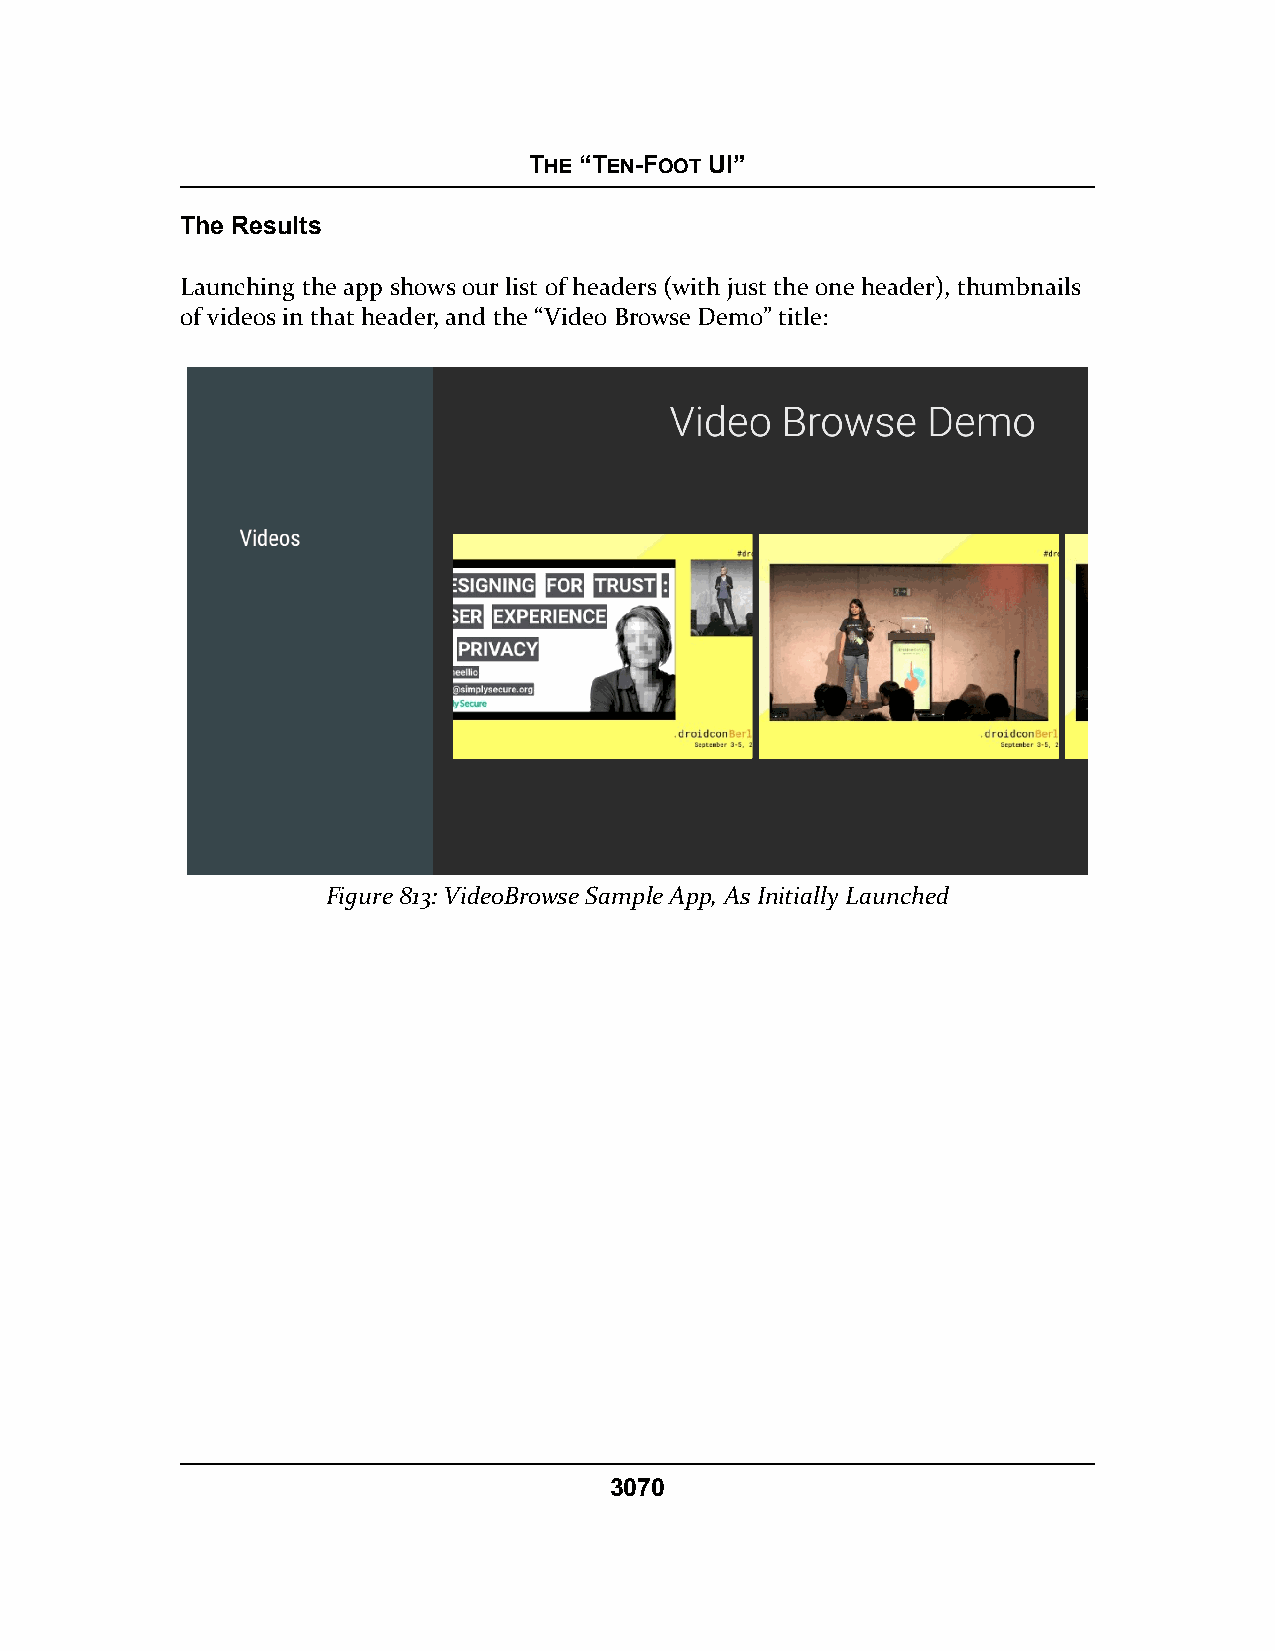
THE “TEN-FOOT UI”
 The Results
 Launching the app shows our list of headers (with just the one header), thumbnails
 of videos in that header, and the “Video Browse Demo” title:
 Figure 813: VideoBrowse Sample App, As Initially Launched
 3070